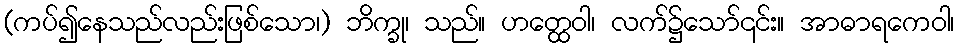
(ကပ်၍နေသည်လည်းဖြစ်သော၊) ဘိက္ခု၊ သည်။ ဟတ္ထေဝါ၊ လက်၌သော်၎င်း။ အာဓာရကေဝါ၊